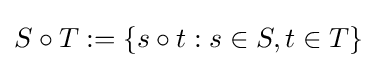
S\circ T:=\{s\circ t:s\in S,t\in T\}